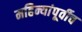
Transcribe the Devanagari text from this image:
महिन्यांपूर्वीच